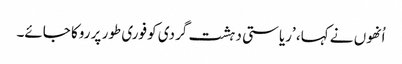
اُنھوں نے کہا، ’ریاستی دہشت گردی کو فوری طور پر روکا جائے۔